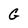
Character: G